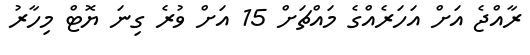
ރާއްޖެ އަށް އަހަރެއްގެ މައްޗަށް 15 އަށް ވުރެ ގިނަ ޔޮޓް މިހާރު